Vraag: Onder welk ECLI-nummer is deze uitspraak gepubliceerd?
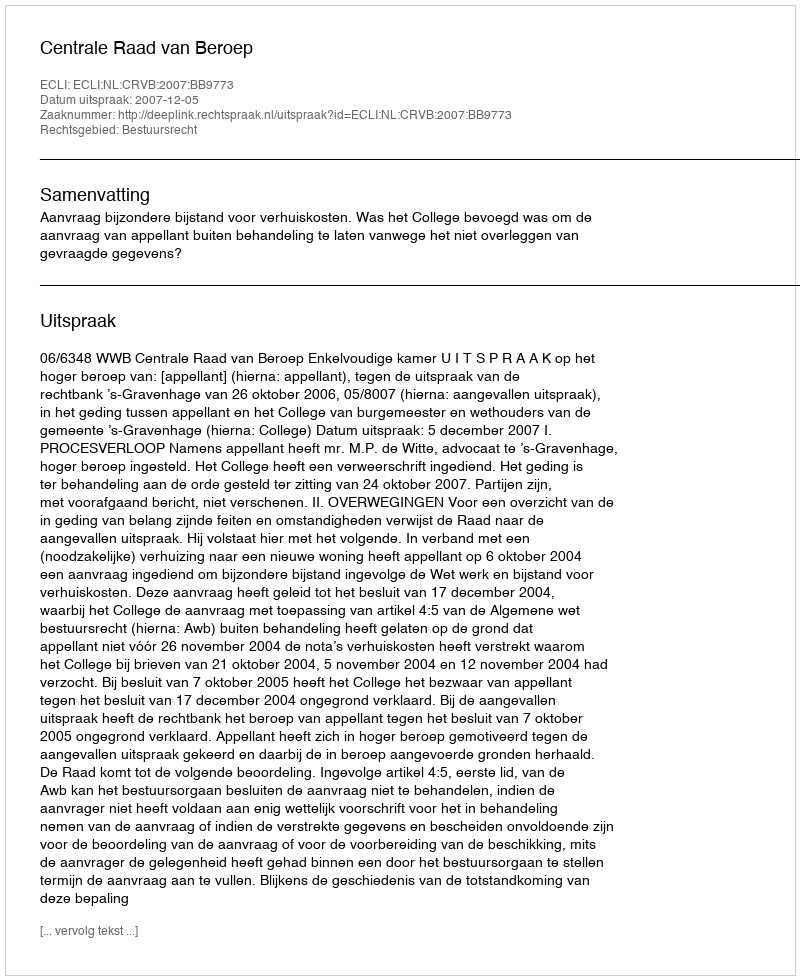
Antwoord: ECLI:NL:CRVB:2007:BB9773